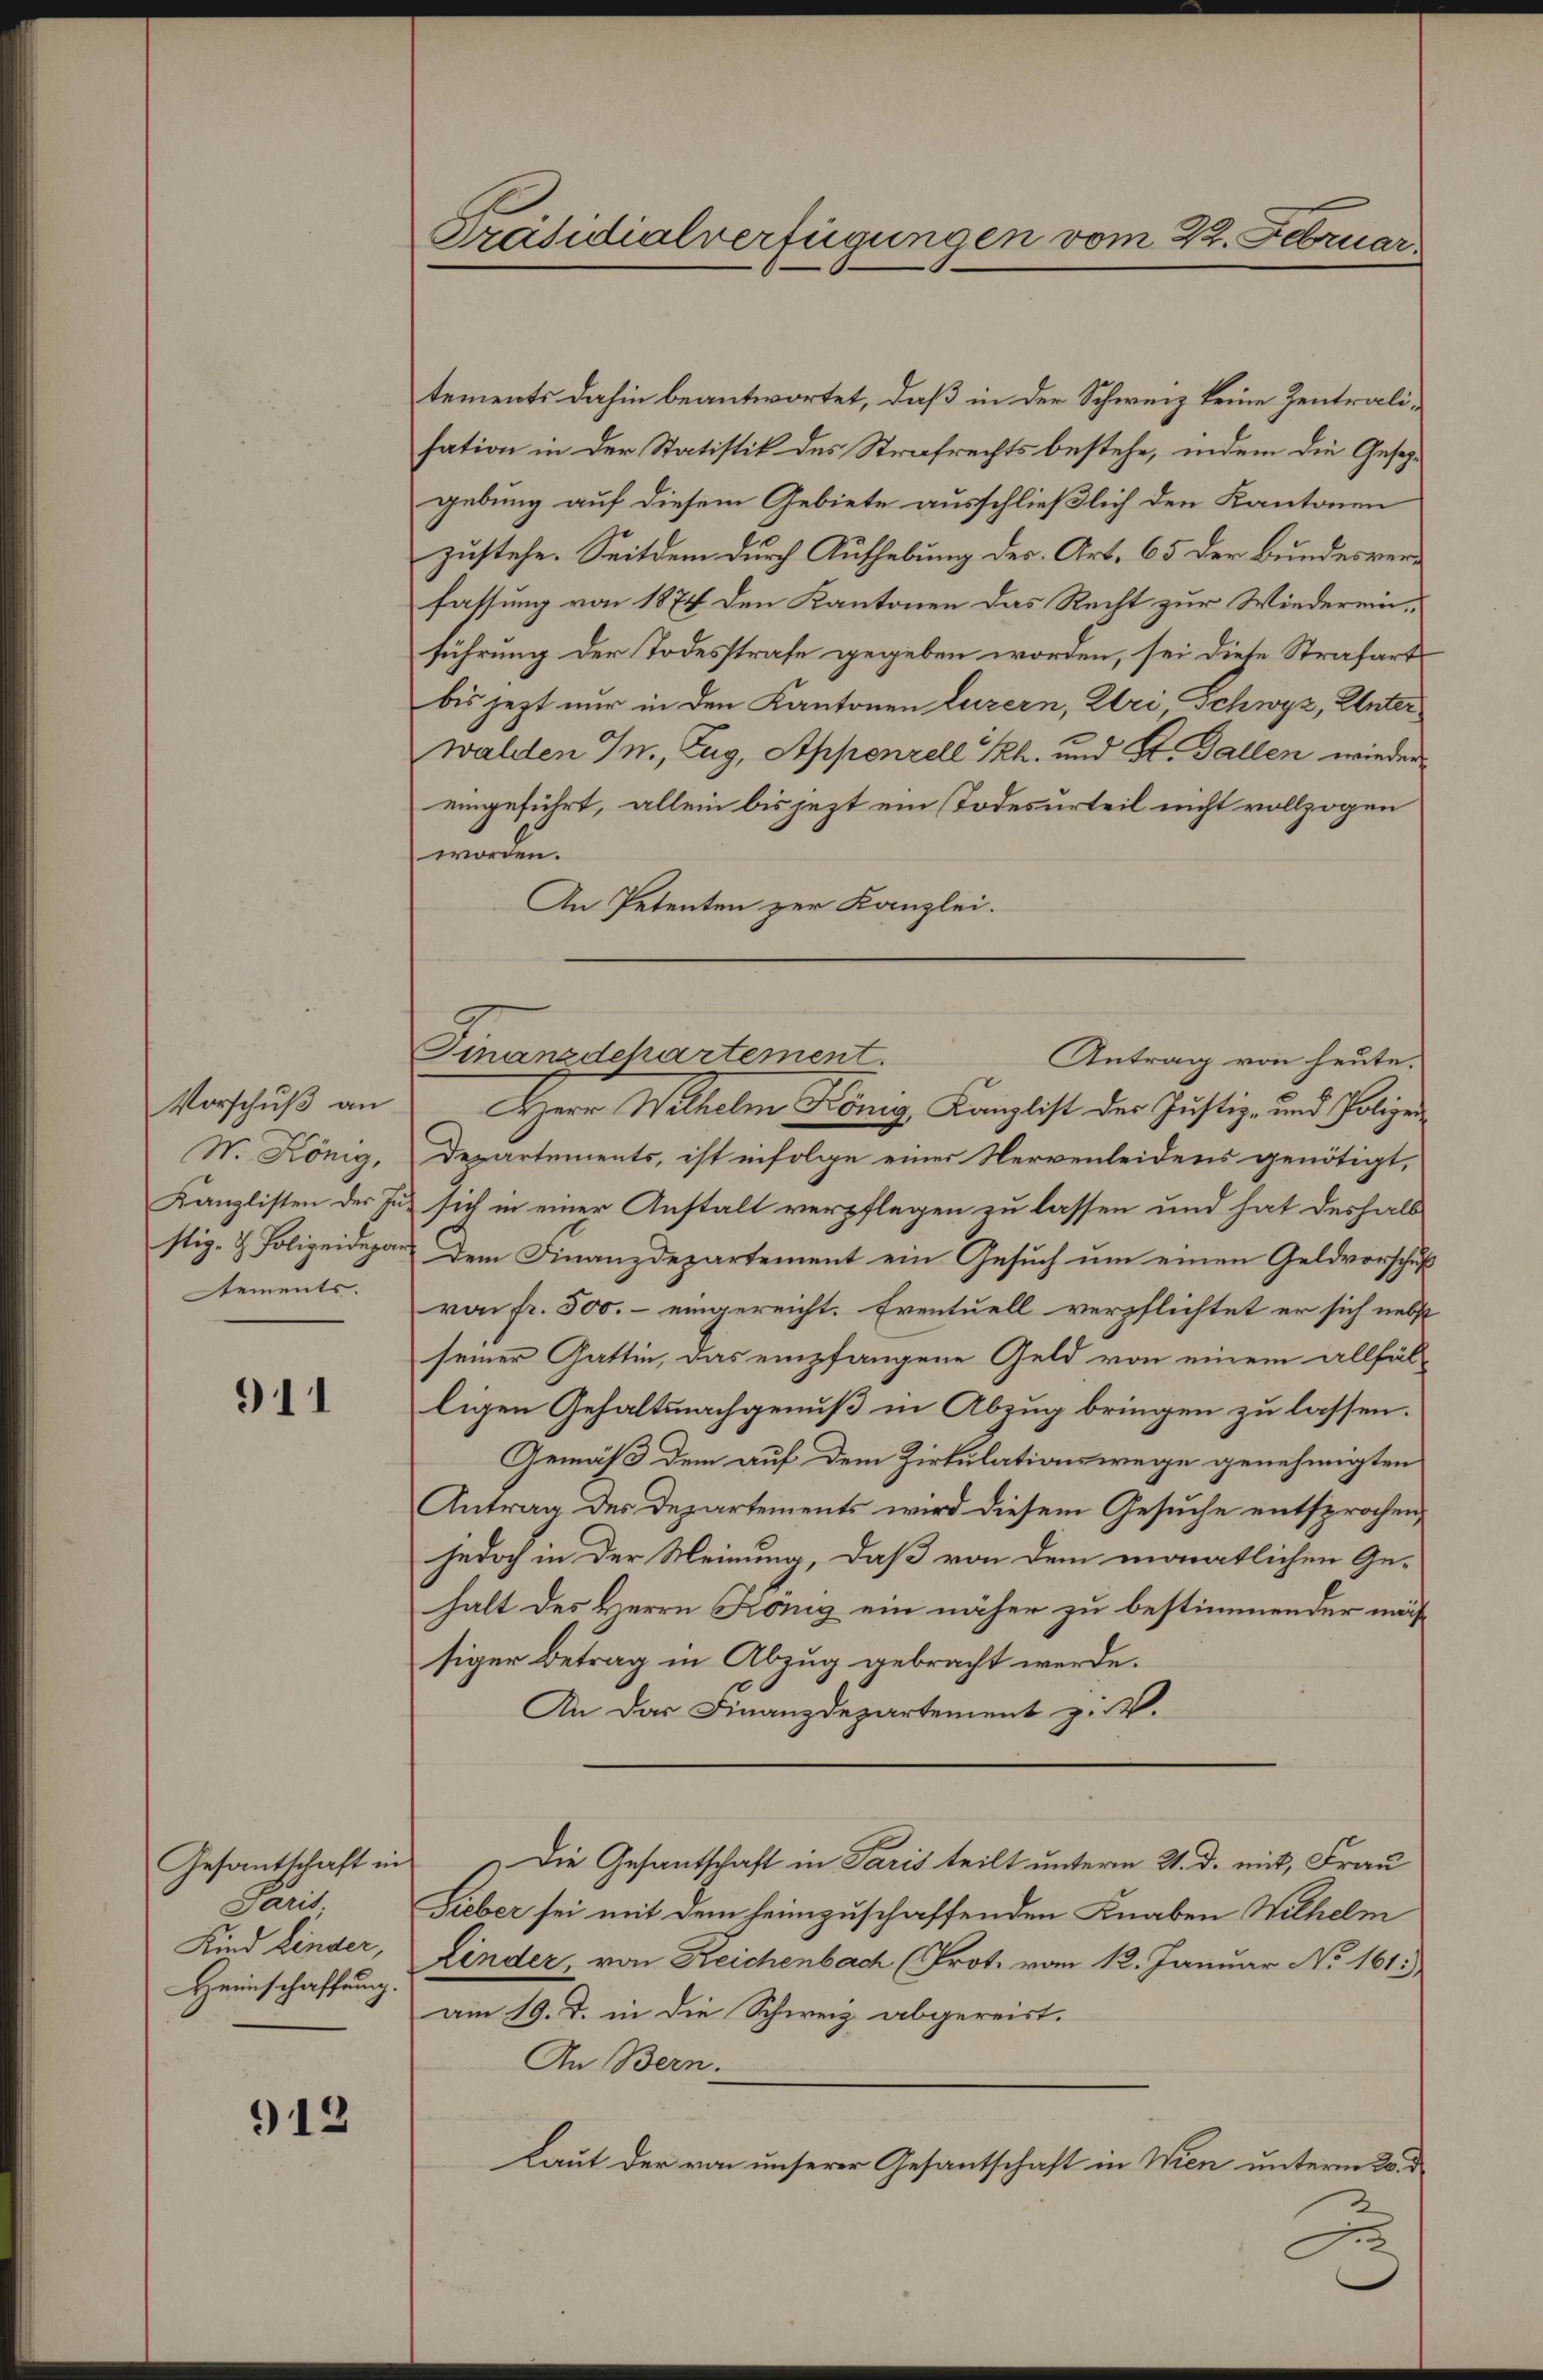
Vorschuß an
W. König,
stiz- & Polizeidepa
ements.

911

Paris
Kind Linder,
Heimschaffung.

912

Präsidialverfügungen vom 22. Februar

tements dahin beantwortet, daß in der Schweiz keine Zentralisation in der Statistik des Strafrechts bestehe, indem die Gesezgebung auf diesem Gebiete ausschließlich den Kantonen
zustehe. Seitdem durch Aufhebung des Art. 65 der Bundesverfassung von 1874 den Kantonen das Recht zur Wiedereinführung der Todesstrafe gegeben worden, sei diese Strafart
bis jezt nur in den Kantonen Luzern, Uri Schwyz, Unter
walden Mn., Zug, Appenzell Rh. und St. Gallen wieder
eingeführt, allein bis jezt ein Todesurteil nicht vollzogen
worden.
An Petenten zur Kanzlei.
HHerr Wilhelm König, Kanzlist der Justiz- und Polizei
Departements, ist infolge einer Nervenleidens genötigt,
Kanzlisten der Jus sich in einer Anstalt verpflegen zu lassen und hat deshalb
Dem Finanzdepartement ein Gesuch um einen Geldvorschuß
von fr. 500.- eingereicht. Eventuell verpflichtet er sich nebst
seiner Gattin, das empfangene Geld von einem allfälligen Gehaltsnachgenuß in Abzug bringen zu lassen.
Gemäß dem auf dem Zirkulationswege genehmigten
Antrag des Departements wird diesem Gesuche entsprochen,
jedoch in der Meinung, daß von dem monatlichen Ge-
halt des Herrn König ein näher zu bestimmender mässiger Betrag in Abzug gebracht werde.
An das Finanzdepartement z. B.
Gesantschaft in „Die Gesantschaft in Paris teilt unterm 21. d. mit, Frau
Sieber sei mit dem heimzuschaffenden Knaben Wilhelm
Kinder, von Reichenbach (Prot. vom 12. Januar No. 161.
am 19. d. in die Schweiz abgereist.
An Bern.
Laut der von unserer Gesantschaft in Wien unterm 2. d

Finanzdchartement.
Antrag von heute.